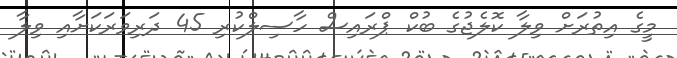
މީގެ އިތުރަށް ވިލާ ކޮލެޖުގެ ބުކް ޕްރައިސް ހާސިލްކުރި 45 ދަރިވަރަކަށާއި ވިލާ